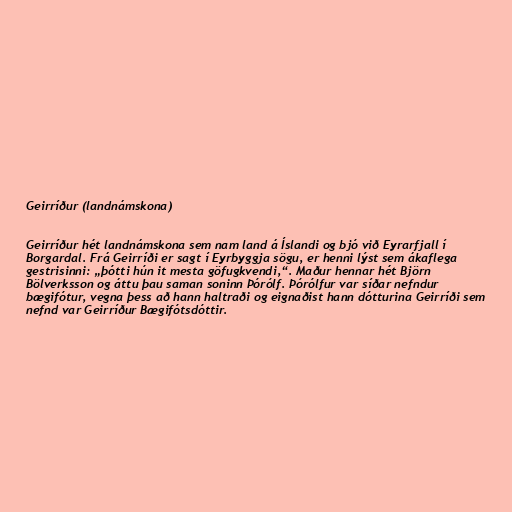
Geirríður (landnámskona)

Geirríður hét landnámskona sem nam land á Íslandi og bjó við Eyrarfjall í
Borgardal. Frá Geirríði er sagt í Eyrbyggja sögu, er henni lýst sem ákaflega
gestrisinni: „þótti hún it mesta göfugkvendi,“. Maður hennar hét Björn
Bölverksson og áttu þau saman soninn Þórólf. Þórólfur var síðar nefndur
bægifótur, vegna þess að hann haltraði og eignaðist hann dótturina Geirríði sem
nefnd var Geirríður Bægifótsdóttir.